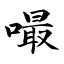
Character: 嘬